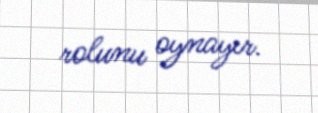
rolunu oynayır.